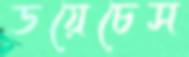
ডয়েচেস